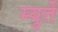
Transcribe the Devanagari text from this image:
म्युर्ते